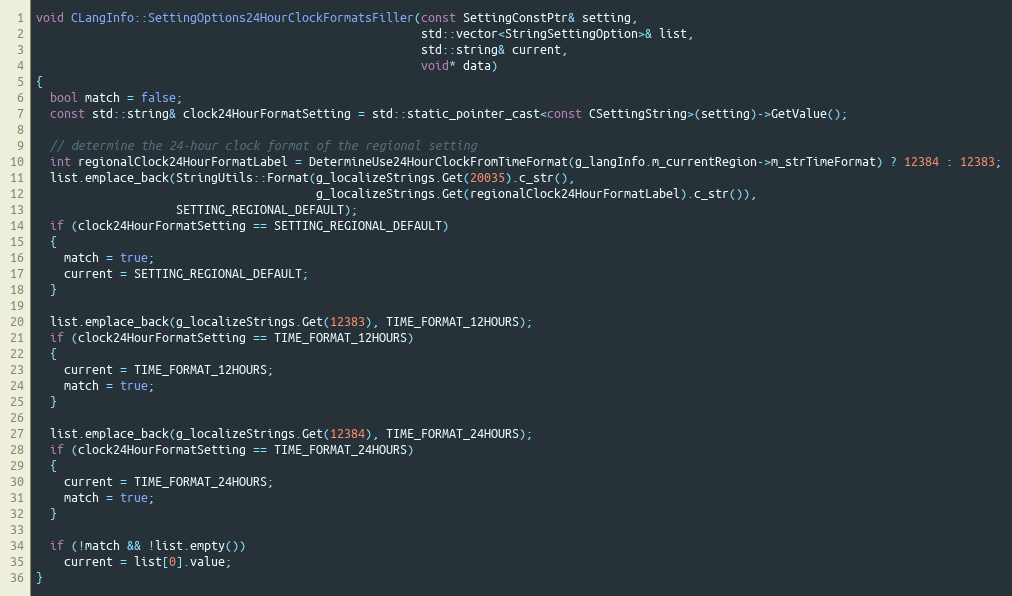
Language: C++
void CLangInfo::SettingOptions24HourClockFormatsFiller(const SettingConstPtr& setting,
                                                       std::vector<StringSettingOption>& list,
                                                       std::string& current,
                                                       void* data)
{
  bool match = false;
  const std::string& clock24HourFormatSetting = std::static_pointer_cast<const CSettingString>(setting)->GetValue();

  // determine the 24-hour clock format of the regional setting
  int regionalClock24HourFormatLabel = DetermineUse24HourClockFromTimeFormat(g_langInfo.m_currentRegion->m_strTimeFormat) ? 12384 : 12383;
  list.emplace_back(StringUtils::Format(g_localizeStrings.Get(20035).c_str(),
                                        g_localizeStrings.Get(regionalClock24HourFormatLabel).c_str()),
                    SETTING_REGIONAL_DEFAULT);
  if (clock24HourFormatSetting == SETTING_REGIONAL_DEFAULT)
  {
    match = true;
    current = SETTING_REGIONAL_DEFAULT;
  }

  list.emplace_back(g_localizeStrings.Get(12383), TIME_FORMAT_12HOURS);
  if (clock24HourFormatSetting == TIME_FORMAT_12HOURS)
  {
    current = TIME_FORMAT_12HOURS;
    match = true;
  }

  list.emplace_back(g_localizeStrings.Get(12384), TIME_FORMAT_24HOURS);
  if (clock24HourFormatSetting == TIME_FORMAT_24HOURS)
  {
    current = TIME_FORMAT_24HOURS;
    match = true;
  }

  if (!match && !list.empty())
    current = list[0].value;
}